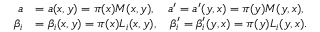
\begin{array} { r l } { a } & { = a ( x , y ) = \pi ( x ) M ( x , y ) , \quad a ^ { \prime } = a ^ { \prime } ( y , x ) = \pi ( y ) M ( y , x ) , } \\ { \beta _ { i } } & { = \beta _ { i } ( x , y ) = \pi ( x ) L _ { i } ( x , y ) , \quad \beta _ { i } ^ { \prime } = \beta _ { i } ^ { \prime } ( y , x ) = \pi ( y ) L _ { i } ( y , x ) . } \end{array}